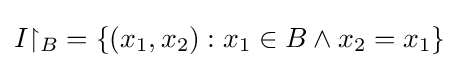
I{\upharpoonright _{B}}=\{(x_{1},x_{2}):x_{1}\in B\land x_{2}=x_{1}\}